Annual administration report of the Civil Veterinary Department of India - 1895-1896
Year: 1895
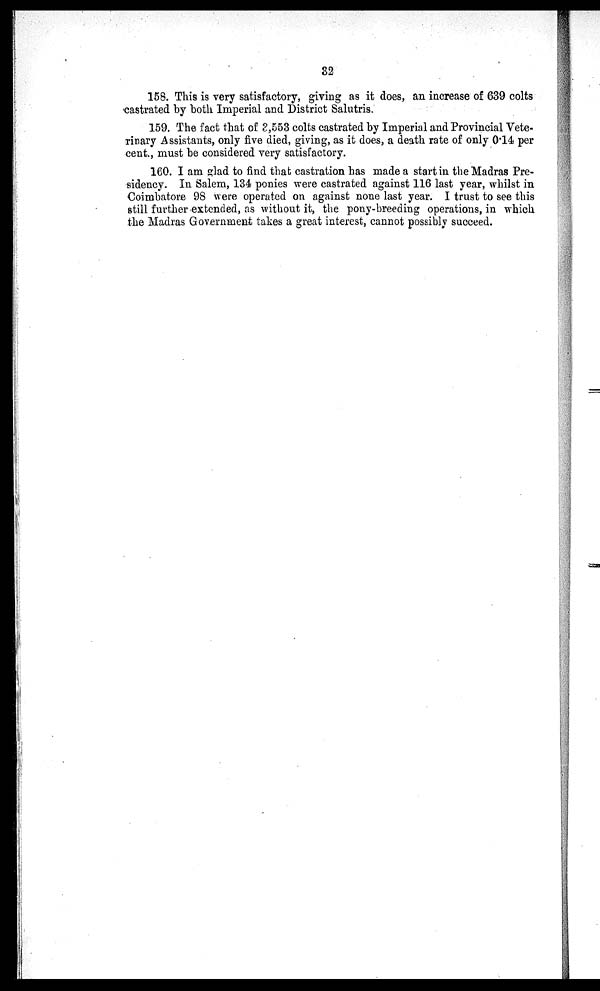
32
158. This is very satisfactory, giving as it does, an increase of 639 colts
castrated by both Imperial and District Salutris.
159. The fact that of 3,553 colts castrated by Imperial and Provincial Vete-
rinary Assistants, only five died, giving, as it does, a death rate of only 0.14 per
cent., must be considered very satisfactory.
160. I am glad to find that castration has made a start in the Madras Pre-
sidency. In Salem, 134 ponies were castrated against 116 last year, whilst in
Coimbatore 98 were operated on against none last year. I trust to see this
still further extended, as without it, the pony-breeding operations, in which
the Madras Government takes a great interest, cannot possibly succeed.